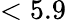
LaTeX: <5.9